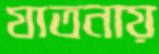
যাতনায়